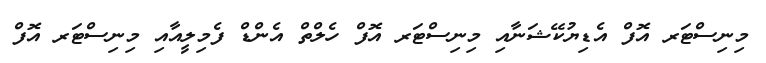
މިނިސްޓަރ އޮފް އެޑިޔުކޭޝަނާއި މިނިސްޓަރ އޮފް ހެލްތް އެންޑް ފެމިލީއާއި މިނިސްޓަރ އޮފް